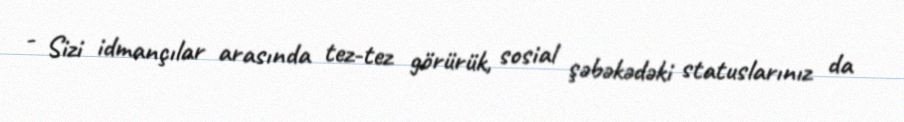
- Sizi idmançılar arasında tez-tez görürük, sosial şəbəkədəki statuslarınız da